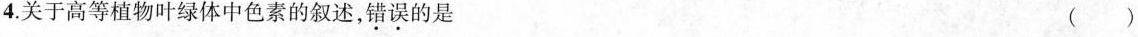
4.关于高等植物叶绿体中色素的叙述，错误的是 ( )